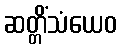
ဆတ္တိံသံယေဝ